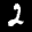
Label: 2